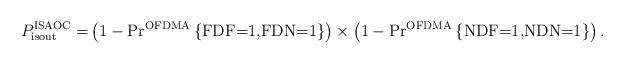
LaTeX: \begin{align*}P_{\textrm{isout}}^{\textrm{ISAOC}}=&\left(1-\textrm{Pr}^{\textrm{OFDMA}}\left\lbrace \textrm{FDF=1,FDN=1}\right\rbrace\right)\times\left(1-\textrm{Pr}^{\textrm{OFDMA}}\left\lbrace \textrm{NDF=1,NDN=1}\right\rbrace\right).\end{align*}